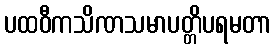
ပထဝီကသိဏသမာပတ္တိပရမတာ